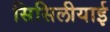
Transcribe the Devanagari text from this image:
सिसिलीयाई